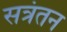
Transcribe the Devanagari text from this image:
सत्रंतन